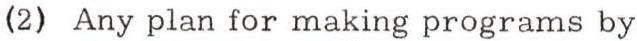
(2) Any plan for making programs by